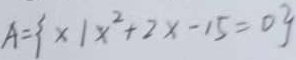
A = \{ x \vert x ^ { 2 } + 2 x - 1 5 = 0 \}